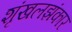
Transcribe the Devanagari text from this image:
शृंखलझंकार